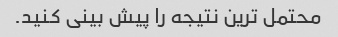
محتمل ترین نتیجه را پیش بینی کنید.